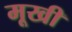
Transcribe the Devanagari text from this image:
मूखी